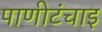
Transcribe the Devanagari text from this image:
पाणीटंचाइ